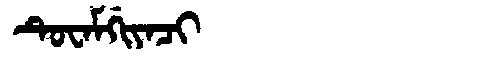
Manchu: ᡨᡠᠸᠠᠮᡤᡳᠶᠠᠴᡳ
Romanization: TUWAMGIYACI